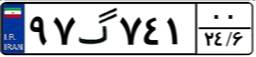
۳۸گ۷۴۷۷۷